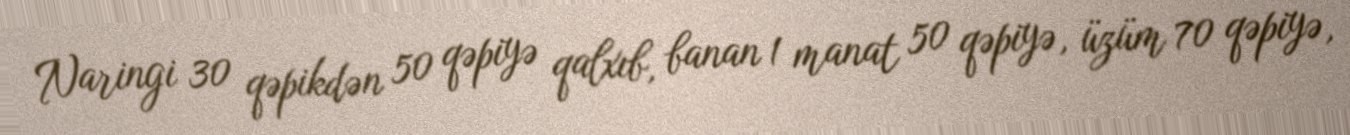
Naringi 30 qəpikdən 50 qəpiyə qalxıb, banan 1 manat 50 qəpiyə, üzüm 70 qəpiyə,